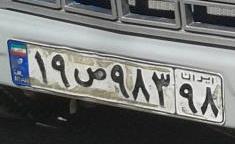
۱۹ص۹۸۳۹۸